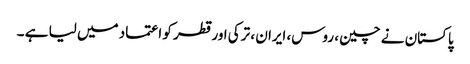
پاکستان نے چین ، روس، ایران ، ترکی اور قطر کو اعتماد میں لیا ہے ۔